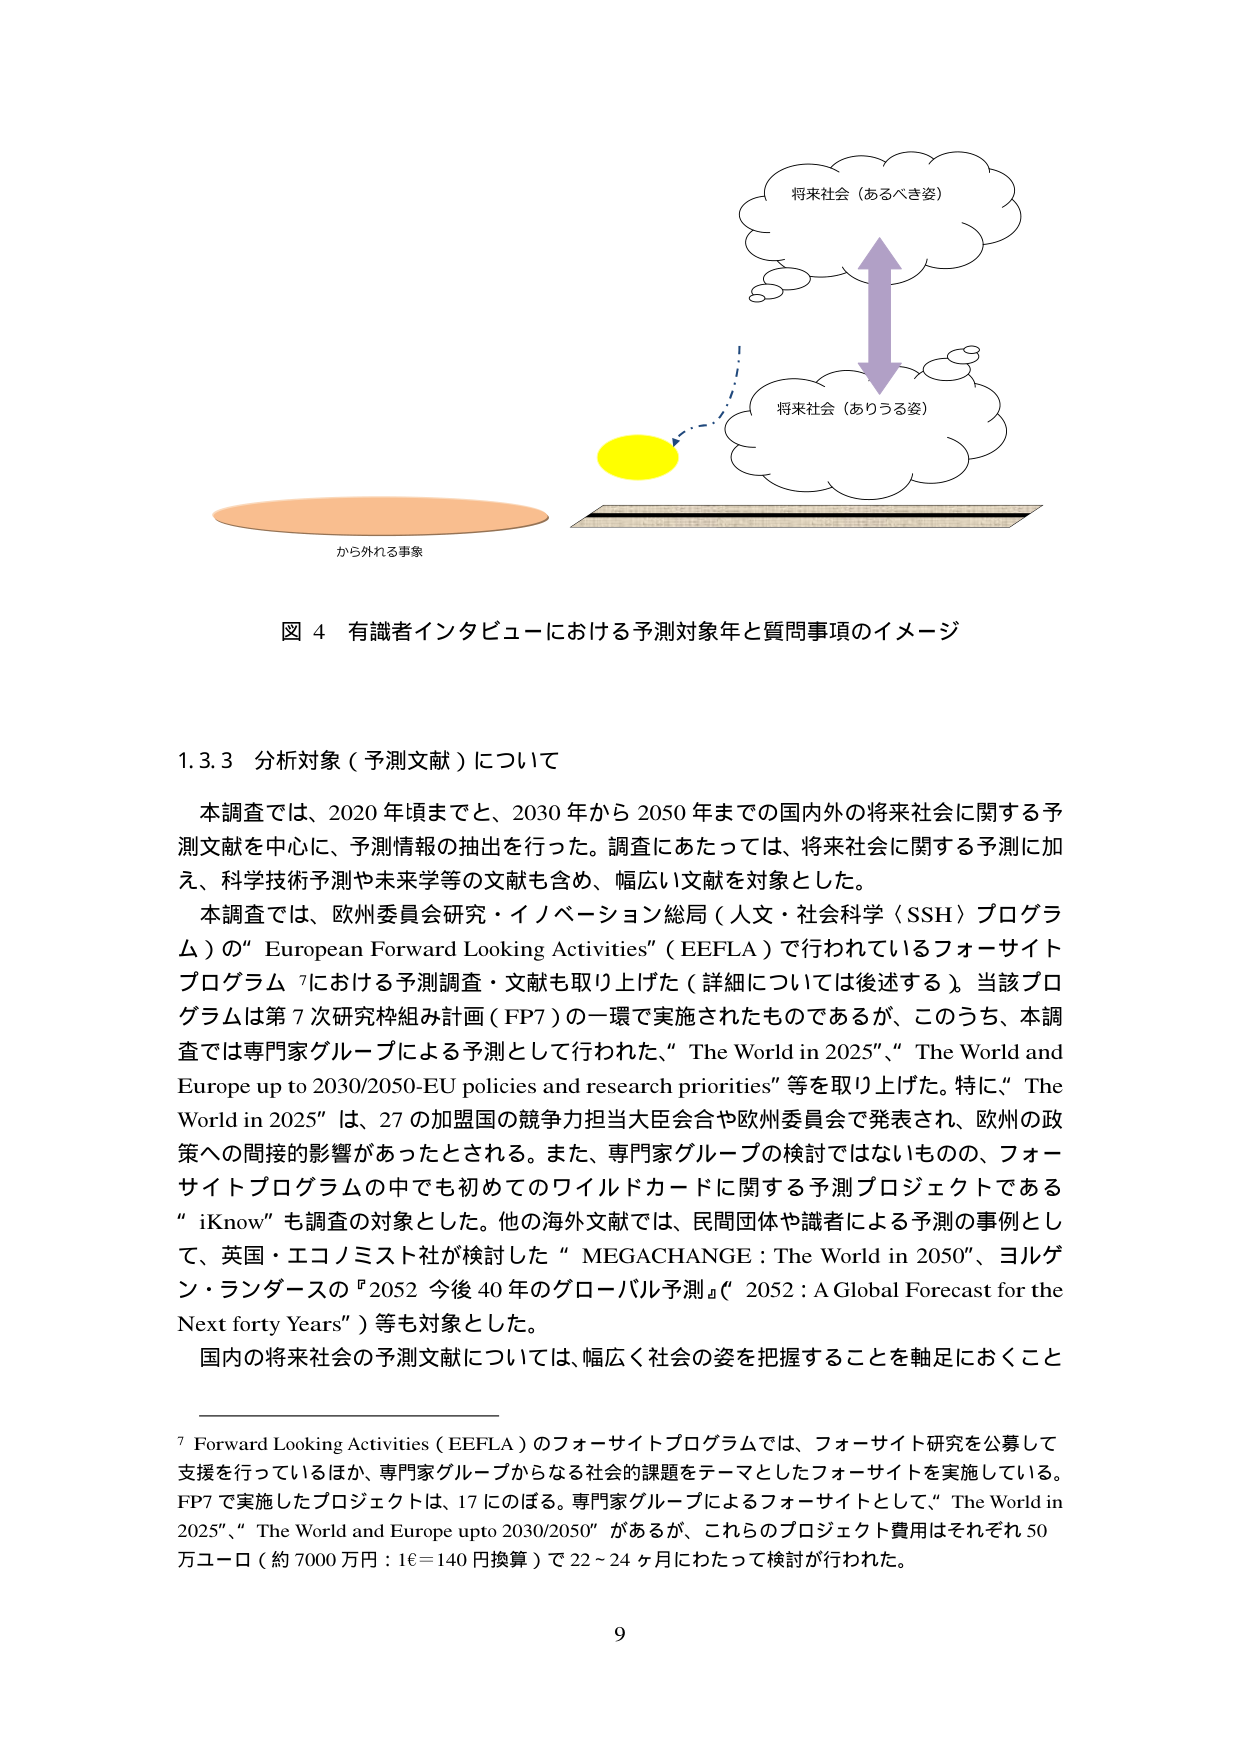
図 4 有識者インタビューにおける予測対象年と質問事項のイメージ

将来社会（あるべき姿）
将来社会（ありうる姿）
から外れる事象

1.3.3 分析対象（予測文献）について

本調査では、2020年頃までと、2030年から2050年までの国内外の将来社会に関する予測文献を中心に、予測情報の抽出を行った。調査にあたっては、将来社会に関する予測に加え、科学技術予測や未来学等の文献も含め、幅広い文献を対象とした。

本調査では、欧州委員会研究・イノベーション総局（人文・社会科学〈SSH〉プログラム）の“European Forward Looking Activities”（EEFLA）で行われているフォーサイトプログラム 7における予測調査・文献も取り上げた（詳細については後述する）。当該プログラムは第7次研究枠組み計画（FP7）の一環で実施されたものであるが、このうち、本調査では専門家グループによる予測として行われた、“The World in 2025”、“The World and Europe up to 2030/2050-EU policies and research priorities”等を取り上げた。特に、“The World in 2025”は、27の加盟国の競争力担当大臣会合や欧州委員会で発表され、欧州の政策への間接的影響があったとされる。また、専門家グループの検討ではないものの、フォーサイトプログラムの中でも初めてのワイルドカードに関する予測プロジェクトである“iKnow”も調査の対象とした。他の海外文献では、民間団体や識者による予測の事例として、英国・エコノミスト社が検討した“MEGACHANGE：The World in 2050”、ヨルゲン・ランダースの『2052 今後40年のグローバル予測』（“2052：A Global Forecast for the Next forty Years”）等も対象とした。

国内の将来社会の予測文献については、幅広く社会の姿を把握することを軸足におくこと

7 Forward Looking Activities（EEFLA）のフォーサイトプログラムでは、フォーサイト研究を公募して支援を行っているほか、専門家グループからなる社会的課題をテーマとしたフォーサイトを実施している。FP7で実施したプロジェクトは、17にのぼる。専門家グループによるフォーサイトとして、“The World in 2025”、“The World and Europe upto 2030/2050”があるが、これらのプロジェクト費用はそれぞれ50万ユーロ（約7000万円：1€=140円換算）で22～24ヶ月にわたって検討が行われた。

9